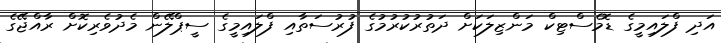
އަދި ފްލައިމީގެ ޑޮމެސްޓިކް މަންޒިލަކަށް ދަތުރުކުރުމުގެ ފުރުސަތާއި ފްލައިމީގެ ސީޕްލޭން މެދުވެރިކޮށް ރާއްޖޭގެ